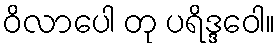
ဝိလာပေါ တု ပရိဒ္ဒဝေါ။